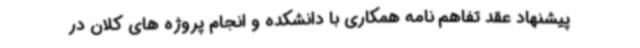
پیشنهاد عقد تفاهم نامه همکاری با دانشکده و انجام پروژه های کلان در